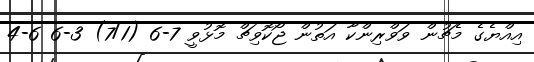
އިއްޔެގެ މެޗުން ވަވްރިންކާ އަތުން ޖޯކޮވިޗް މޮޅުވީ 7-6 (7/1) 3-6 6-4